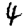
Digit: 4